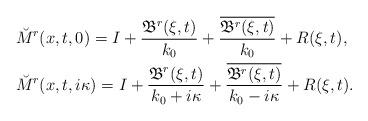
LaTeX: \begin{align*} &\breve{M}^r(x,t,0)=I+\frac{\mathfrak{B}^r(\xi,t)}{k_0}+\frac{\overline{\mathfrak{B}^r(\xi,t)}}{k_0}+R(\xi,t), \\ &\breve{M}^r(x,t,i\kappa)=I+\frac{\mathfrak{B}^r(\xi,t)}{k_0+i\kappa}+\frac{\overline{\mathfrak{B}^r(\xi,t)}}{k_0-i\kappa}+R(\xi,t). \end{align*}